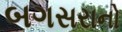
બગસરાનો